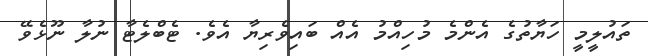
ތައުލީމީ ހަޔާތުގެ އެންމެ މުހިއްމު އެއް ބައިވެރިޔާ އެވެ. ޓެބްލެޓާ ނުލާ ނޫޅެވޭ